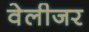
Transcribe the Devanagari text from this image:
वेलीजर